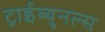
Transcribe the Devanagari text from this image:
ट्राईब्युनल्स